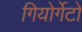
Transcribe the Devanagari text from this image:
गियोर्गेटो